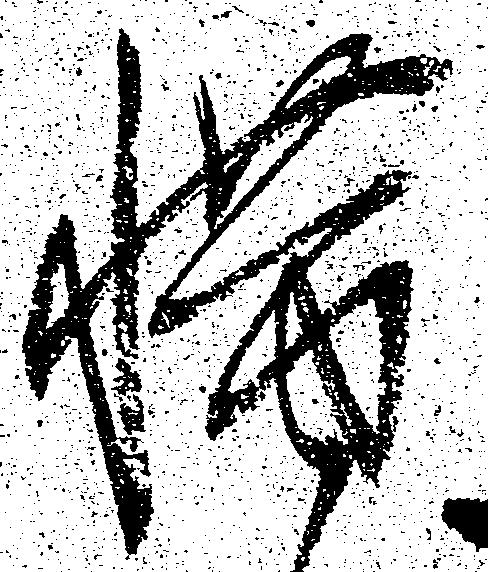
惜